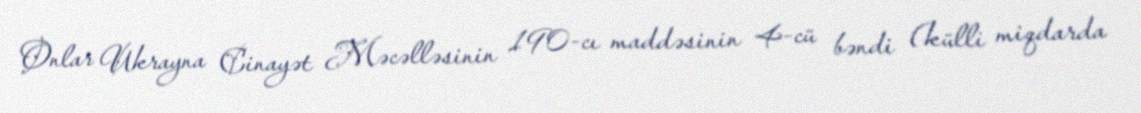
Onlar Ukrayna Cinayət Məcəlləsinin 190-cı maddəsinin 4-cü bəndi (külli miqdarda